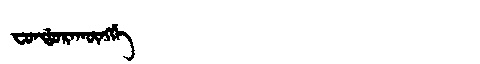
Manchu: ᠸᠣᠨᡩᠣᡵᠠᡴᡡᠩᡤᡝ
Romanization: FONDORAKŪNGGE